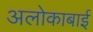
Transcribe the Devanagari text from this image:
अलोकाबाई